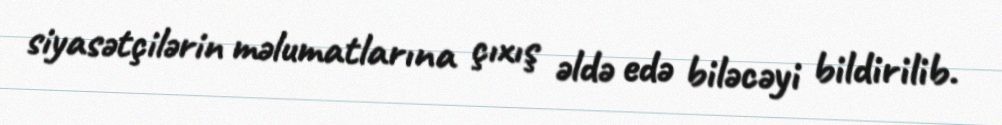
siyasətçilərin məlumatlarına çıxış əldə edə biləcəyi bildirilib.